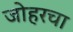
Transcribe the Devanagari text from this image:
जोहरचा